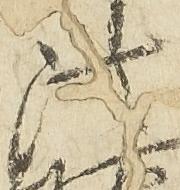
法